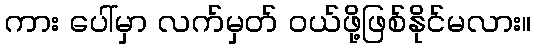
ကား ပေါ်မှာ လက်မှတ် ဝယ်ဖို့ဖြစ်နိုင်မလား။